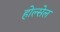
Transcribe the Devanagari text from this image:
होल्सेल